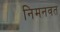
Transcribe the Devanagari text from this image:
निमनवत